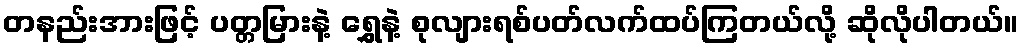
တနည်းအားဖြင့် ပတ္တမြားနဲ့ ရွှေနဲ့ စုလျားရစ်ပတ်လက်ထပ်ကြတယ်လို့ ဆိုလိုပါတယ်။